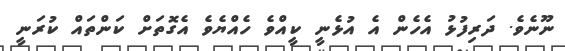
ނޫނެވެ. ދަރިފުޅު އެހެން އެ އުޅެނީ ކީއްވެ ހެއްޔެވެ އެގޮތަށް ކަންތައް ކުރަނީ